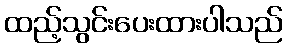
ထည့်သွင်းပေးထားပါသည်